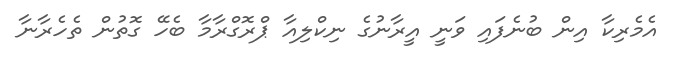
އެމެރިކާ އިން ބުނެފައި ވަނީ އީރާނުގެ ނިކްލިއާ ޕްރޮގްރާމާ ބެހޭ ގޮތުން ތެހެރާނާ